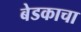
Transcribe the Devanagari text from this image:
बेडकाचा